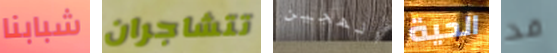
شبابنا تتشاجران الهجين الحية قد